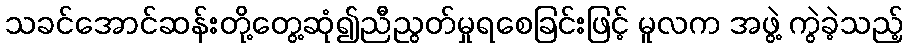
သခင်အောင်ဆန်းတို့တွေ့ဆုံ၍ညီညွတ်မှုရစေခြင်းဖြင့် မူလက အဖွဲ့ ကွဲခဲ့သည့်